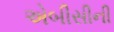
એબીસીની